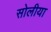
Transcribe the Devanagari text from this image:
सोलीया